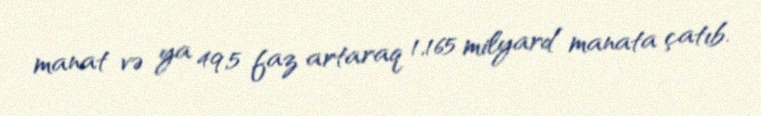
manat və ya 49,5 faz artaraq 1,165 milyard manata çatıb.